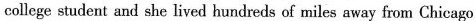
college student and she lived hundreds of miles away from Chicago.